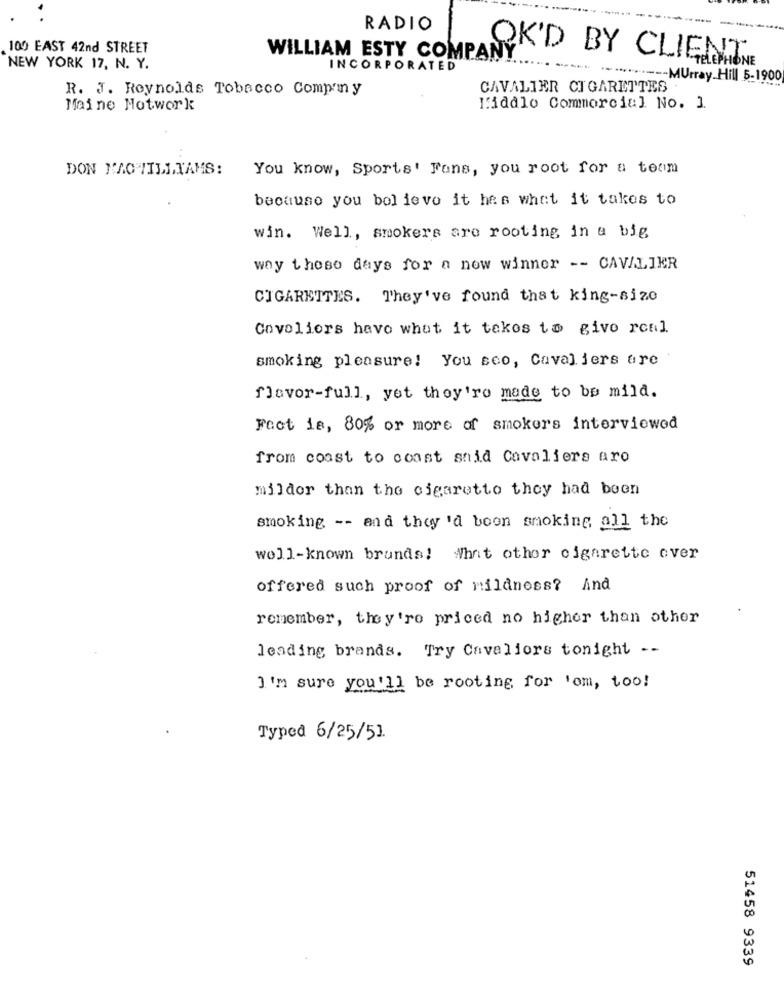
RADIO
100 EAST 42nd STREET
WILLIAM ESTY COMPANY
OK'D BY CLIENT
NEW YORK 17, N. Y.
INCORPORATED
----
TELEPHONE
-- Murray Hill 5-1900
R. J. Reynolds Tobacco Company
CAVALIER CIGARETTES
Maine Motwork
I'iddlo Commercial No. ]
DON MACHTILLIAMS:
You know, Sports' Fans, you root for a team
because you believe it has what it takes to
win. Well, smokers are rooting in a big
way these days for a new winner -- CAVALIER
CIGARETTES. They've found that king-size
Covoliers havo what it takes to give real
smoking pleasure! You seo, Cavaliers are
flavor-full, yet they're made to be mild.
Fact is, 80% or more of smokers interviewed
from coast to coast said Cavaliers aro
mildor than the cigaretto they had been
smoking -- and they 'd boon smoking, all the
well-known brunds! what other cigarette over
offered such proof of mildness? And
remember, they're priced no higher than other
leading brands. Try Cavaliers tonight --
I'm sure you'll be rooting for 'om, too!
Typed 6/25/51.
51458 9339